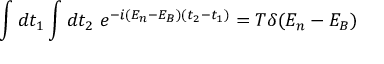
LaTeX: \int d t _ { 1 } \int d t _ { 2 } ~ e ^ { - i ( E _ { n } - E _ { B } ) ( t _ { 2 } - t _ { 1 } ) } = T \delta ( E _ { n } - E _ { B } )